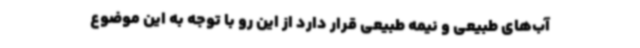
آب‌های طبیعی و نیمه طبیعی قرار دارد از این رو با توجه به این موضوع